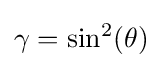
{\textstyle \gamma =\sin ^{2}(\theta )}